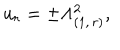
u _ { r } = \pm \Lambda _ { ( 1 , \, r ) } ^ { 2 } ,